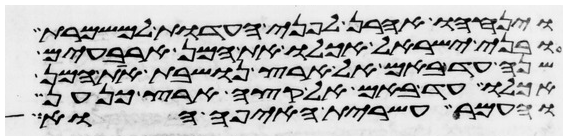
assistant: ויניחהו אהרן לפני העדות למשמרת
ובני ישראל אכלו את המן ארבעים
שנה עד באם אל ארץ נושבת את המן
אכלו עד באם אל קצה ארץ כנען
והעמר עשירת האיפה הוא